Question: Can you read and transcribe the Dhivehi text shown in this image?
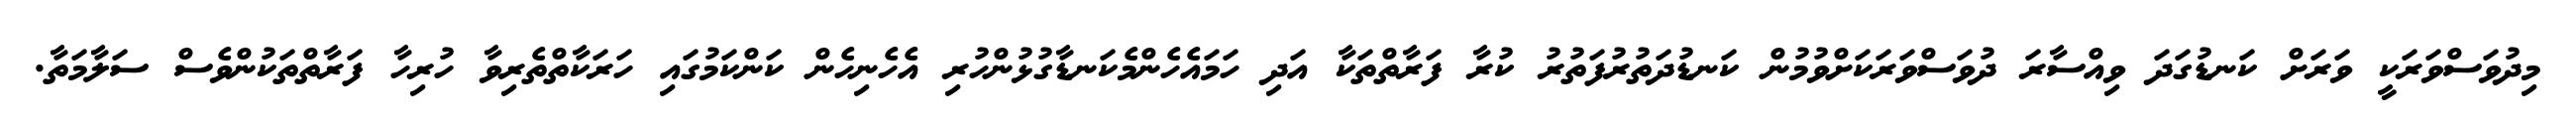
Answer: މިދުވަސްވަރަކީ ވަރަށް ކަނޑުގަދަ ވިއްސާރަ ދުވަސްވަރަކަށްވުމުން ކަނޑުދަތުރުފަތުރު ކުރާ ފަރާތްތަކާ އަދި ހަމައެހެންމެކަނޑާގުޅުންހުރި އެހެނިހެން ކަންކަމުގައި ހަރަކާތްތެރިވާ ހުރިހާ ފަރާތްތަކުންވެސް ސަލާމަތާ.